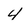
Character: 4